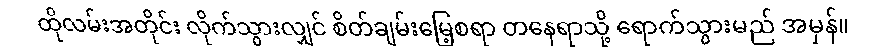
ထိုလမ်းအတိုင်း လိုက်သွားလျှင် စိတ်ချမ်းမြေ့စရာ တနေရာသို့ ရောက်သွားမည် အမှန်။